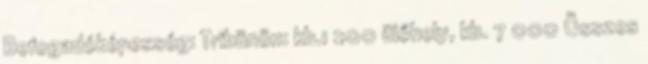
Befogadóképesség: Tribünön: kb.1 200 ülőhely, kb. 7 000 Összes